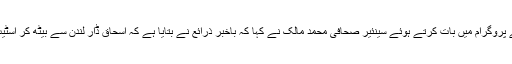
18 دسمبر 2017ء): نجی ٹی وی چینل کے پروگرام میں بات کرتے ہوئے سینئیر صحافی محمد مالک نے کہا کہ باخبر ذرائع نے بتایا ہے کہ اسحاق ڈار لندن سے بیٹھ کر اسٹیٹ بنک کے گورنر کو ہدایات دے رہے ہیں۔